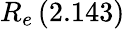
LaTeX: R_{e}\, (2.143)